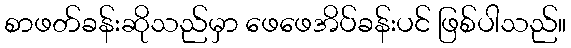
စာဖတ်ခန်းဆိုသည်မှာ ဖေဖေအိပ်ခန်းပင် ဖြစ်ပါသည်။